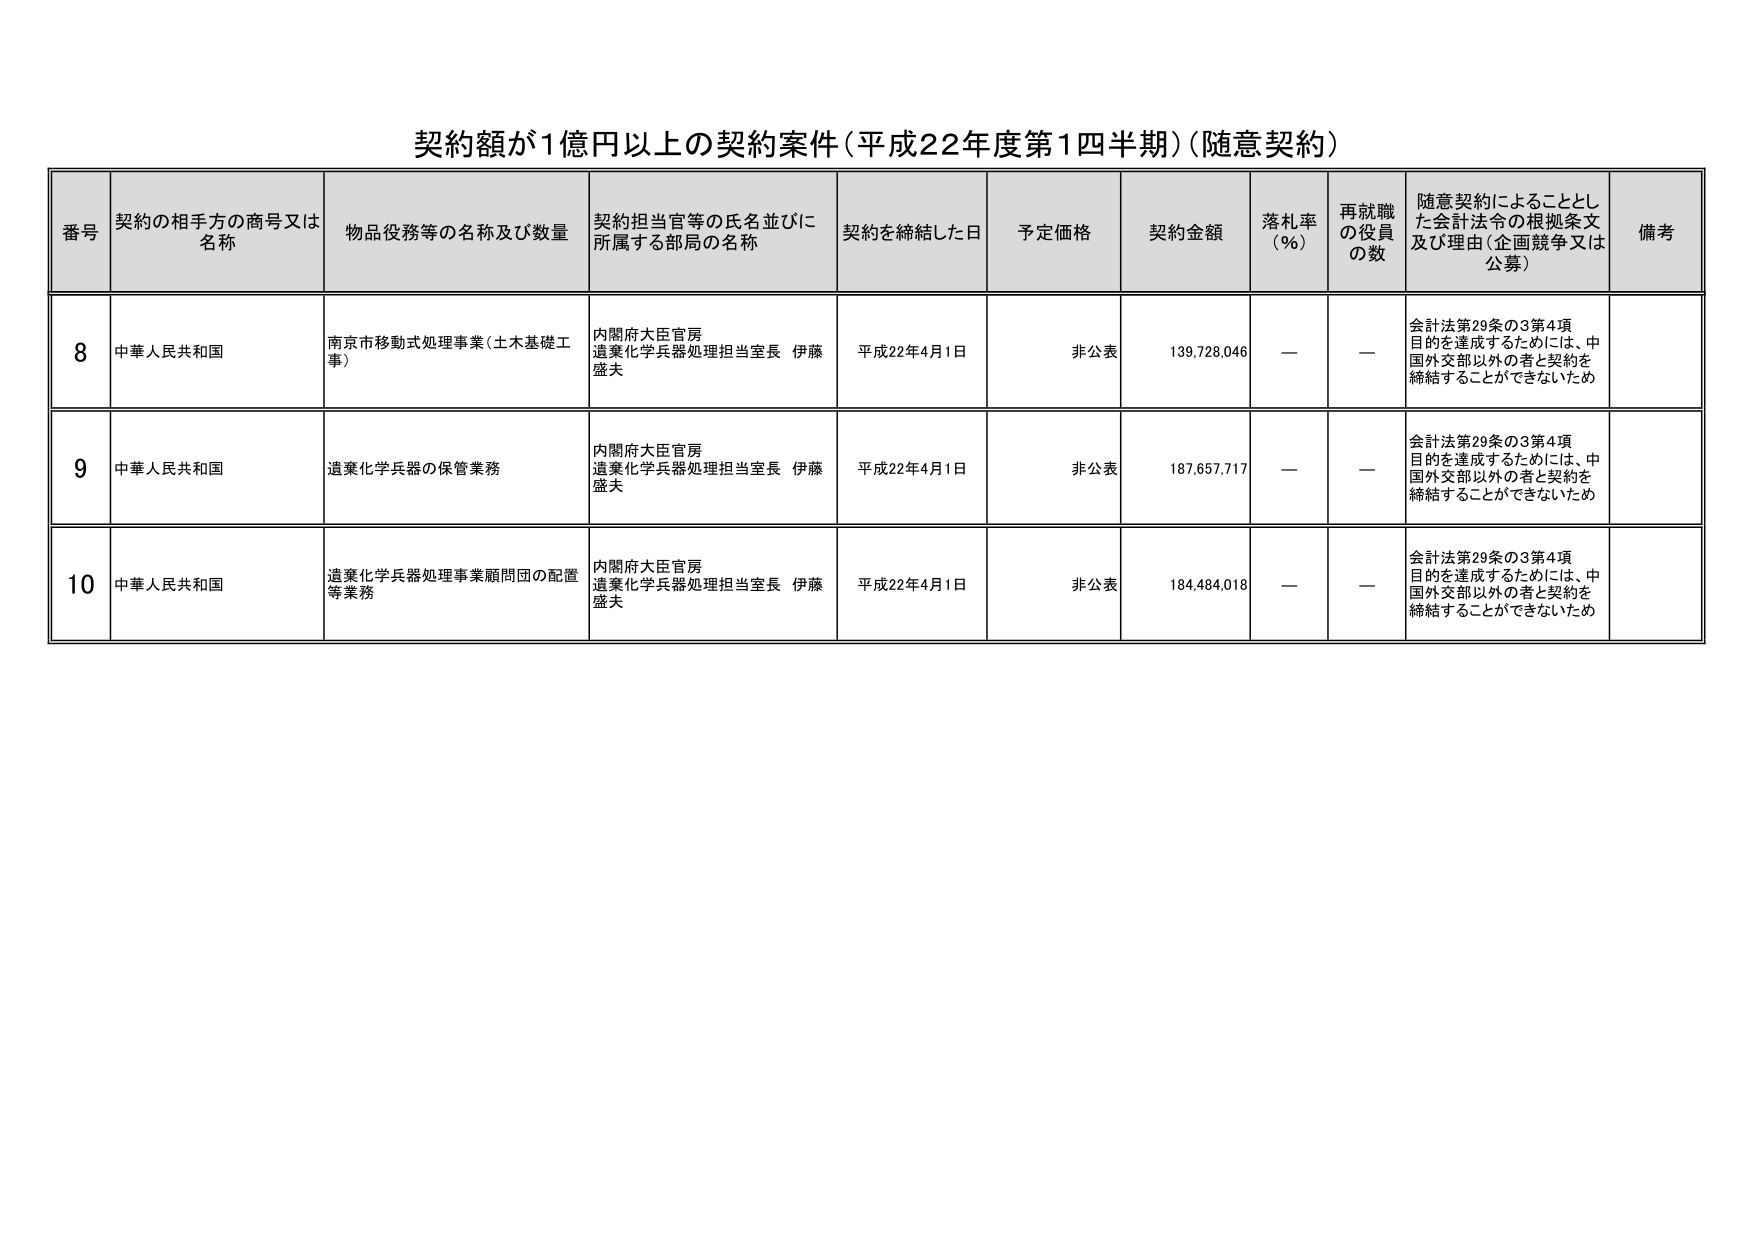
契約額が1億円以上の契約案件（平成22年度第1四半期）（随意契約）

番号　契約の相手方の商号又は名称　物品役務等の名称及び数量　契約担当官等の氏名並びに所属する部局の名称　契約を締結した日　予定価格　契約金額　落札率（％）　再就職の役員の数　随意契約によることとした会計法令の根拠条文及び理由（企画競争又は公募）　備考

8　中華人民共和国　南京市移動式処理事業（土木基礎工事）　内閣府大臣官房 造薬化学兵器処理担当室長 伊藤盛夫　平成22年4月1日　非公表　139,728,046　—　—　会計法第29条の3第4項 目的を達成するためには、中国外交部以外の者と契約を締結することができないため

9　中華人民共和国　造薬化学兵器の保管業務　内閣府大臣官房 造薬化学兵器処理担当室長 伊藤盛夫　平成22年4月1日　非公表　187,657,717　—　—　会計法第29条の3第4項 目的を達成するためには、中国外交部以外の者と契約を締結することができないため

10　中華人民共和国　造薬化学兵器処理事業顧問団の配置等業務　内閣府大臣官房 造薬化学兵器処理担当室長 伊藤盛夫　平成22年4月1日　非公表　184,484,018　—　—　会計法第29条の3第4項 目的を達成するためには、中国外交部以外の者と契約を締結することができないため